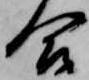
合